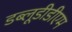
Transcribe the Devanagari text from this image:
डब्लूडीडीएम